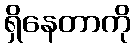
ရှိနေတာကို